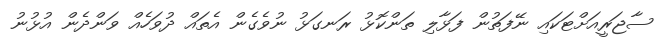
ސާޖަރީއަށްޓަކައި ނޭފަތުން ފަޅާލި ތަންކޮޅު ރަނގަޅު ނުވެގެން އެތައް ދުވަހެއް ވަންދެން އުޅުނު